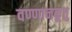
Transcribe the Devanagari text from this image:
वण्णानकूत्तु